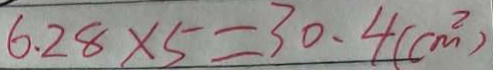
6 . 2 8 \times 5 = 3 0 . 4 ( c m ^ { 2 } )